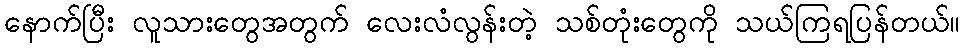
နောက်ပြီး လူသားတွေအတွက် လေးလံလွန်းတဲ့ သစ်တုံးတွေကို သယ်ကြရပြန်တယ်။